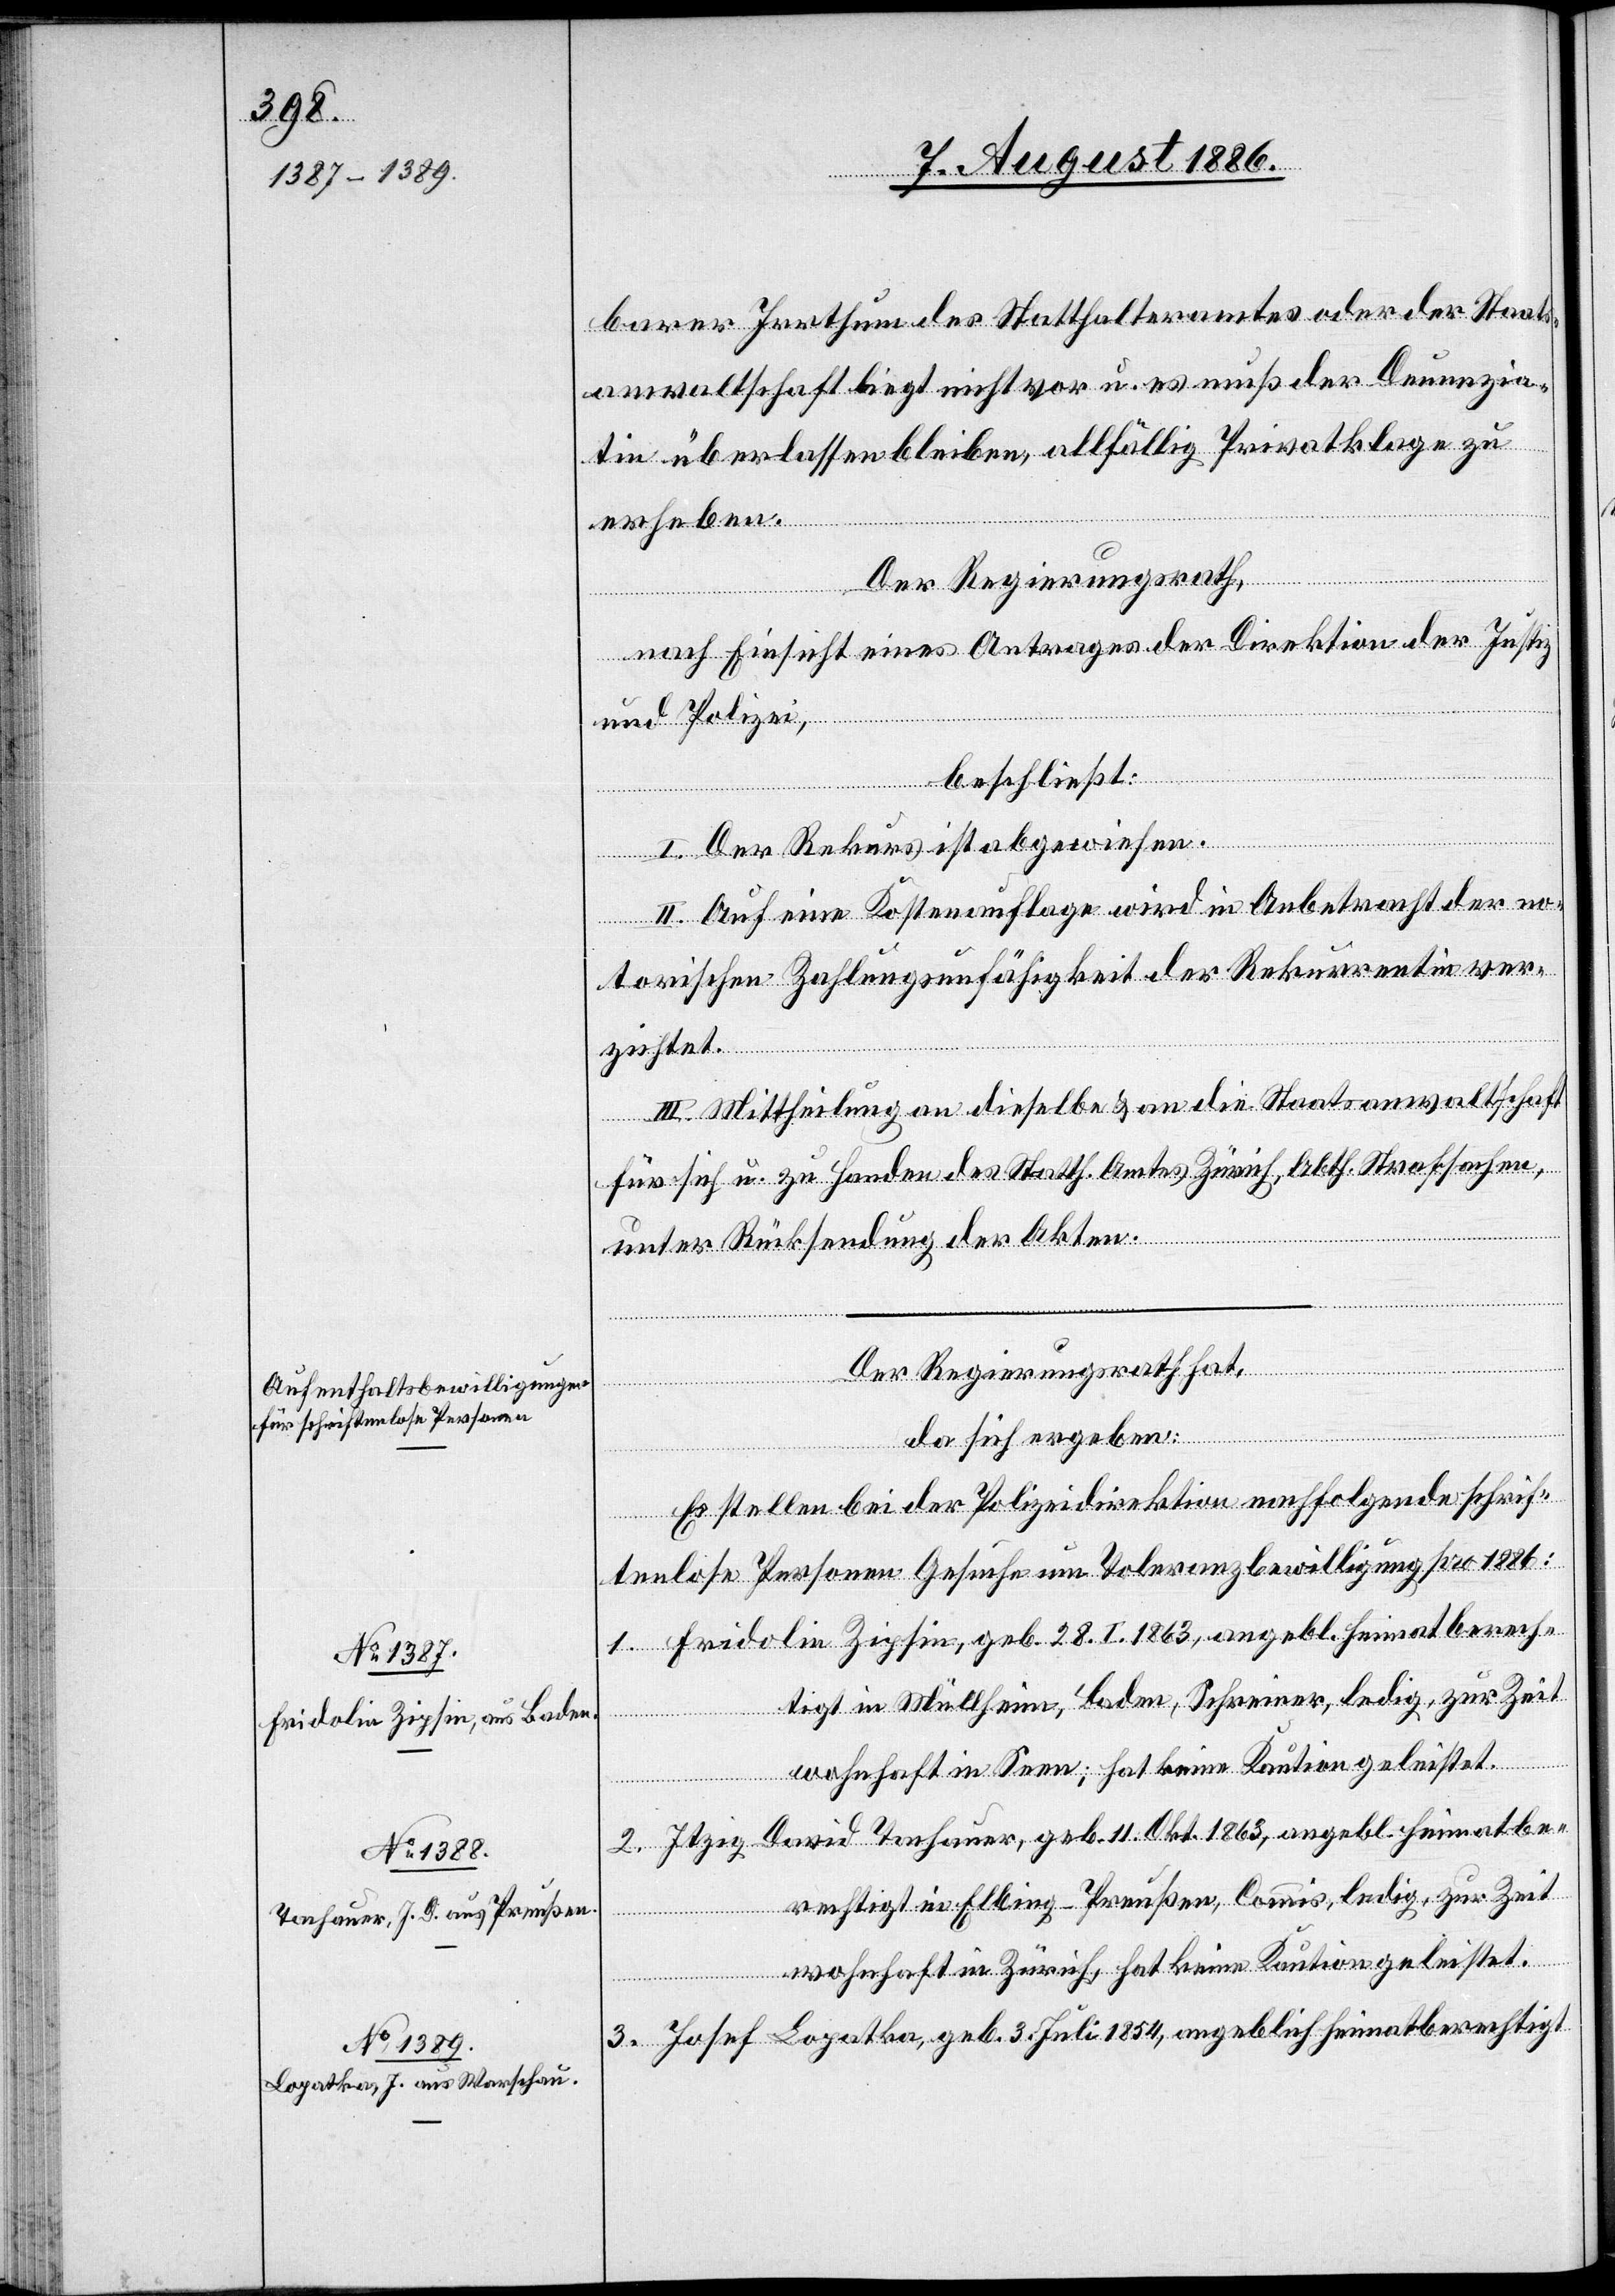
barer Irrthum des Statthalteramtes oder der Staats¬
anwaltschaft liegt nicht vor u. es muß der Denunzian¬
tin überlassen bleiben, allfällig Privatklage zu
erheben.
Der Regierungsrath,
nach Einsicht eines Antrages der Direktion der Justiz
und Polizei,
beschließt:
I. Der Rekurs ist abgewiesen.
II. Auf eine Kostenauflage wird in Anbetracht der no¬
torischen Zahlungsunfähigkeit der Rekurrentin ver¬
zichtet.
III. Mittheilung an dieselbe & an die Staatsanwaltschaft
für sich u. zu Handen des Statth. Amtes Zürich, Abth. Strafsachen,
unter Rücksendung der Akten.
Der Regierungsrath hat,
da sich ergeben:
Es stellen bei der Polizeidirektion nachfolgende schrif¬
tenlose Personen Gesuche um Toleranzbewilligung pro 1886:
1. Fridolin Zipsin, geb. 28. I. 1863, angebl. heimatberech¬
tigt in Müllheim, Baden, Schreiner, ledig, zur Zeit
wohnhaft in Seen; hat keine Kaution geleistet.
2. Itzig David Tachauer, geb. 11. Okt. 1863, angebl. heimatbe¬
rechtigt in Elbing - Preußen, Commis, ledig, zur Zeit
wohnhaft in Zürich, hat keine Kaution geleistet.
3. Josef Lopatka, geb. 3. Juli 1854, angeblich heimatberechtigt